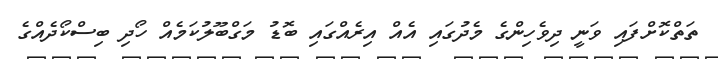
ތަތްކޮށްފައި ވަނީ ދިވެހިންގެ މެދުގައި އެއް އިރެއްގައި ބޮޑު މަގްބޫލުކަމެއް ހޯދި ބިސްކޯދެއްގެ